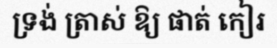
ទ្រង់ ត្រាស់ ឱ្យ ផាត់ កៀរ